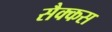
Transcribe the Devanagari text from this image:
सैक्कस